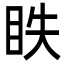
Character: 眣